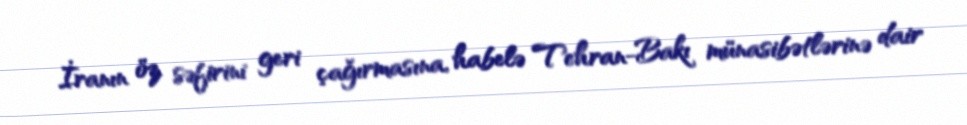
İranın öz səfirini geri çağırmasına, habelə Tehran-Bakı münasibətlərinə dair